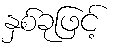
နှစ်ခုဖြင့်